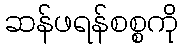
ဆန်ဖရန်စစ္စကို